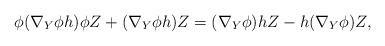
LaTeX: \begin{align*}\phi (\nabla _{Y}\phi h)\phi Z+(\nabla _{Y}\phi h)Z=(\nabla _{Y}\phi)hZ-h(\nabla _{Y}\phi )Z, \end{align*}